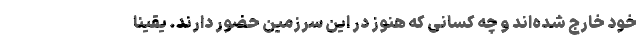
خود خارج شده‌اند و چه کسانی که هنوز در این سرزمین حضور دارند. یقینا